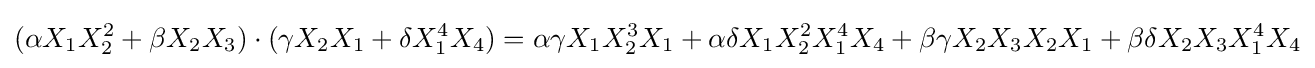
(\alpha X_{1}X_{2}^{2}+\beta X_{2}X_{3})\cdot (\gamma X_{2}X_{1}+\delta X_{1}^{4}X_{4})=\alpha \gamma X_{1}X_{2}^{3}X_{1}+\alpha \delta X_{1}X_{2}^{2}X_{1}^{4}X_{4}+\beta \gamma X_{2}X_{3}X_{2}X_{1}+\beta \delta X_{2}X_{3}X_{1}^{4}X_{4}